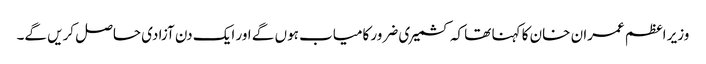
وزیر اعظم عمران خان کا کہنا تھا کہ کشمیری ضرور کامیاب ہوں گے اور ایک دن آزادی حاصل کریں گے۔